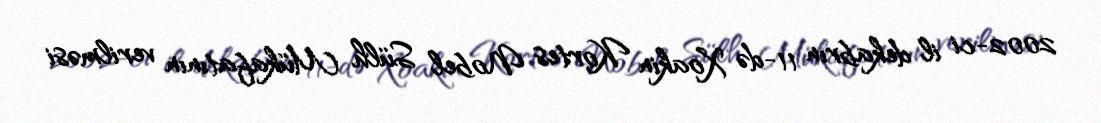
2002-ci il dekabrın 11-də Xoakin Kortes Nobel Sülh Mükafatının verilməsi